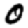
Digit: 0